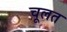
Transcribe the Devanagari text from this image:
चूलत